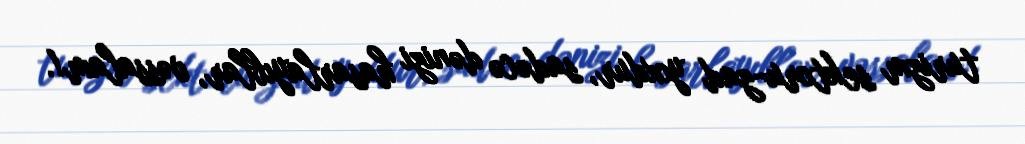
turizm sektoru-zad yoxdur, sadəcə dənizi hasarlayıblar, vəssalam!.